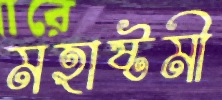
মহাষ্টমী